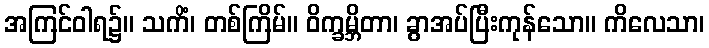
အကြင်ဝါရ၌။ သကိံ၊ တစ်ကြိမ်။ ဝိက္ခမ္ဘိတာ၊ ခွာအပ်ပြီးကုန်သော။ ကိလေသာ၊